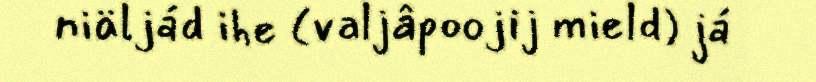
niäljád ihe (valjâpoojij mield) já